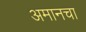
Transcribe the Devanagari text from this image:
अमानचा